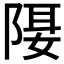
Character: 𨺿